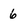
Character: 6